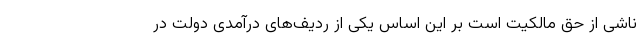
ناشی از حق مالکیت است بر این اساس یکی از ردیف‌های درآمدی دولت در